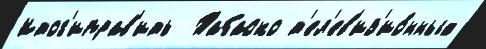
Итог'иправ'ить  Табаско т'ел'ев'из'ио́нных